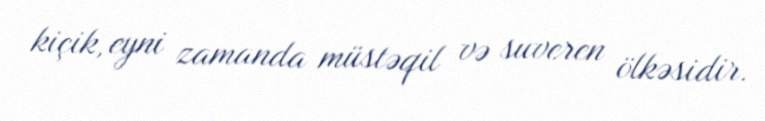
kiçik, eyni zamanda müstəqil və suveren ölkəsidir.